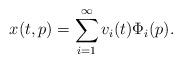
LaTeX: \begin{align*} x(t,p) = \sum_{i=1}^{\infty} v_i(t) \Phi_i(p) .\end{align*}